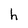
Character: h